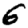
Digit: 6